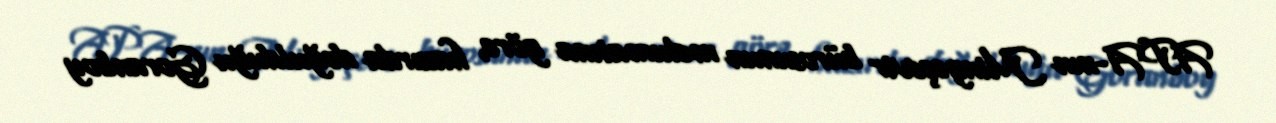
APA-nın Mingəçevir bürosunun məlumatına görə, hazırda doğulduğu Goranboy